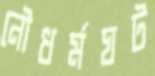
নৌধর্মঘট